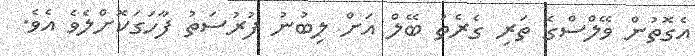
އެގޮތުން ވޭލްސްގެ ތަރި ގެރެތު ބޭލް އަށް ލިބުނު ފުރުސަތު ފާހަގަކޮށްލެވެ އެވެ.